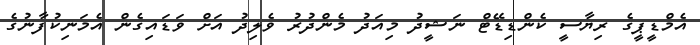
އެމްޑީޕީގެ ރިޔާސީ ކެންޑިޑޭޓް ނަޝީދު މިއަދު މެންދުރު ވެލިދު އަށް ވަޑައިގެން އެމަނިކުފާނުގެ